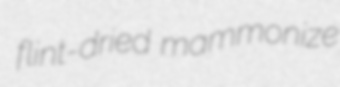
flint-dried mammonize